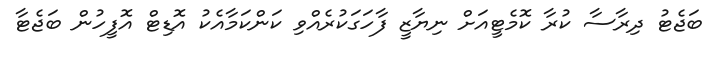
ބަޖެޓު ދިރާސާ ކުރާ ކޮމެޓީއަށް ނިޔާޒީ ފާހަގަކުރެއްވި ކަންކަމާއެކު އޮޑިޓް އޮފީހުން ބަޖެޓާ